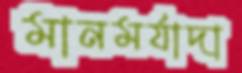
মানমর্যাদা